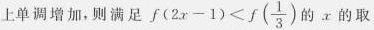
上单调增加，则满足 $$f(2x-1)<f( \frac{1}{3})$$ 的x的取